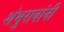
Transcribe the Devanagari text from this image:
शंभुरावांनी